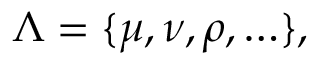
\Lambda = \{ \mu , \nu , \rho , \ldots \} ,